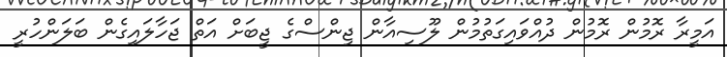
އަމީރާ ރޮމުން ރޮމުން ދުއްވައިގަތުމުން ލޫސިއާން ޖިންސްގެ ޖީބަށް އަތް ޖަހާލައިގެން ބަލަންހުރީ